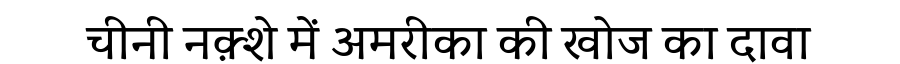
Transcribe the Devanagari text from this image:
चीनी नक़्शे में अमरीका की खोज का दावा